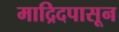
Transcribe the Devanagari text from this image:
माद्रिदपासून